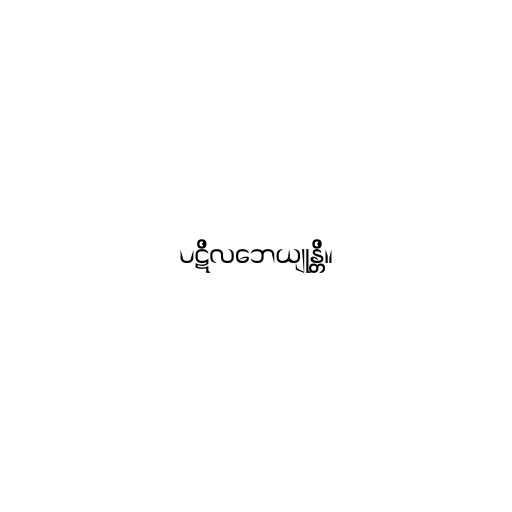
ပဋိလဘေယျုန္တိ။